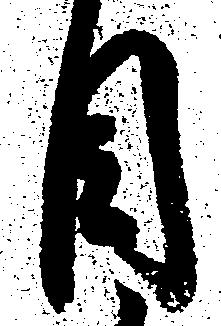
目